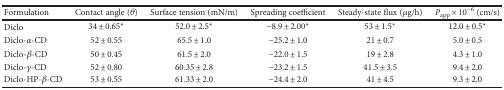
<table><thead><tr><td><b>Formulation</b></td><td><b>Contact angle (<i>θ</i>)</b></td><td><b>Surface tension (mN/m)</b></td><td><b>Spreading coefficient</b></td><td><b>Steady-state flux (<i>μ</i>g/h)</b></td><td><b><i>P</i><sub>app</sub> × 10<sup>−6</sup> (cm/s)</b></td></tr></thead><tbody><tr><td>Diclo</td><td>34 ± 0.65<sup>∗</sup></td><td>52.0 ± 2.5<sup>∗</sup></td><td>−8.9 ± 2.00<sup>∗</sup></td><td>53 ± 1.5<sup>∗</sup></td><td>12.0 ± 0.5<sup>∗</sup></td></tr><tr><td>Diclo-<i>α</i>-CD</td><td>52 ± 0.55</td><td>65.5 ± 1.0</td><td>−25.2 ± 1.0</td><td>21 ± 0.7</td><td>5.0 ± 0.5</td></tr><tr><td>Diclo-<i>β</i>-CD</td><td>50 ± 0.45</td><td>61.5 ± 2.0</td><td>−22.0 ± 1.5</td><td>19 ± 2.8</td><td>4.3 ± 1.0</td></tr><tr><td>Diclo-<i>γ</i>-CD</td><td>52 ± 0.80</td><td>60.35 ± 2.8</td><td>−23.2 ± 1.5</td><td>41.5 ± 3.5</td><td>9.4 ± 2.0</td></tr><tr><td>Diclo-HP-<i>β</i>-CD</td><td>53 ± 0.55</td><td>61.33 ± 2.0</td><td>−24.4 ± 2.0</td><td>41 ± 4.5</td><td>9.3 ± 2.0</td></tr></tbody></table>